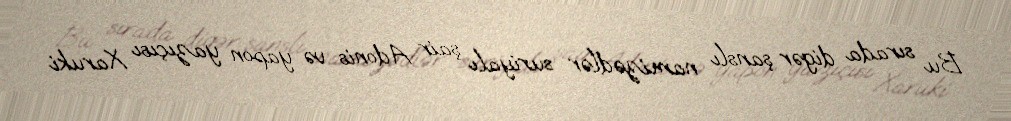
Bu sırada digər şanslı namizədlər suriyalı şair Adonis və yapon yazıçısı Xaruki